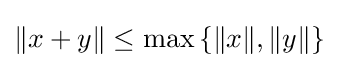
\|x+y\|\leq \max \left\{\|x\|,\|y\|\right\}